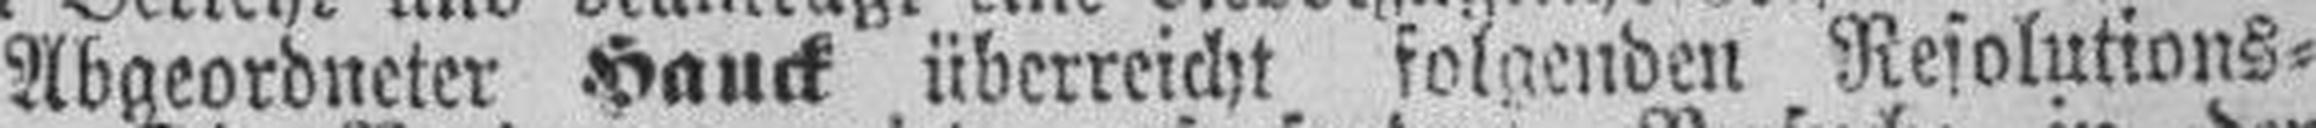
Abgeordneter Hauck überreicht folgenden Resolutions¬